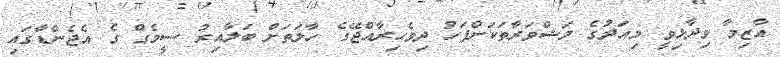
އާޒިމާ ވިދާޅިވީ މިއަދުގެ މަޝްވަރާތަކަށްފަހު ދިވެހިރާއްޖޭގެ ހާލަތަށް ބަލާއިރު ސީމެގް ގެ އެޖެންޑާގައި